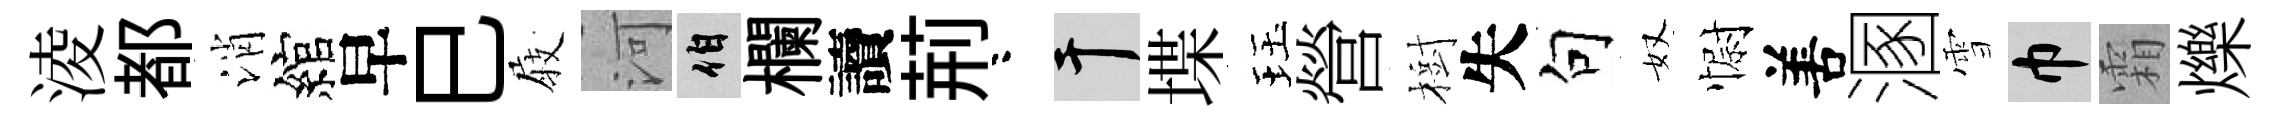
淩都消綰早巳𡲆河伯欄讀荊咯干堞珏營樹失句奴𢠢𠵊溷雪巾霜爍